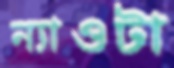
ন্যাওটা